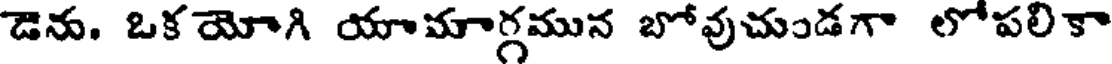
డెను. ఒక యోగి యామాగ్గమున బోవుచుండగా లోపలి కా